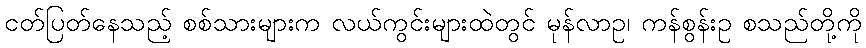
ငတ်ပြတ်နေသည့် စစ်သားများက လယ်ကွင်းများထဲတွင် မုန်လာဥ၊ ကန်စွန်းဥ စသည်တို့ကို